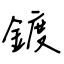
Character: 鍍